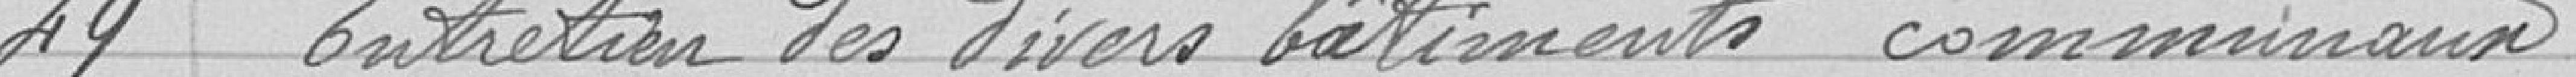
49 Entretien des divers bâtiments communaux